Problem: 4 × 4 = ?
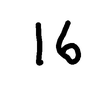
Handwritten answer: 16